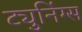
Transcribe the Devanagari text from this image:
ट्युनिंग्स